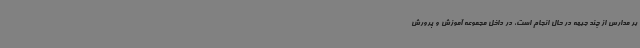
بر مدارس از چند جبهه در حال انجام است، در داخل مجموعه آموزش و پرورش